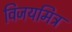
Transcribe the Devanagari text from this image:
विजयमित्र